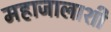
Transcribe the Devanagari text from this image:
महाजालाशी